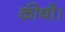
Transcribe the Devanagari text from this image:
कीथी।